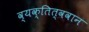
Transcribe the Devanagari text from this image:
व्यक्तित्ववान